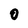
Character: 0